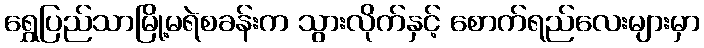
ရွှေပြည်သာမြို့မရဲစခန်းက သွားလိုက်နှင့် စောက်ရည်လေးများမှာ